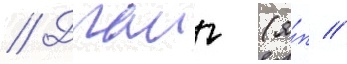
// Драиг (я́п //